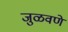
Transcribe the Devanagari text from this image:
जुळवणे